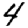
Digit: 4